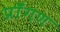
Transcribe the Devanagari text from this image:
प्राँगण